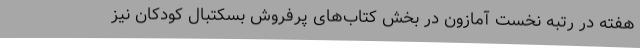
هفته در رتبه نخست آمازون در بخش کتاب‌های پرفروش بسکتبال کودکان نیز